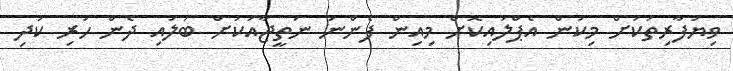
ވިޔަފާރިތަކަށް މިކަން އެޕްލައިކޮށް މިއިން ފެންނަ ނަތީޖާއަކަށް ބަލައި ދެން ހުރި ކުދި